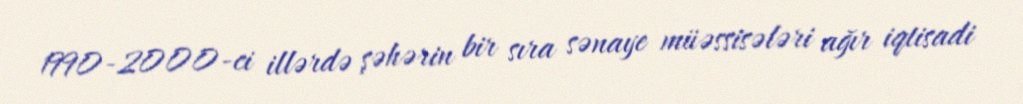
1990-2000-ci illərdə şəhərin bir sıra sənaye müəssisələri ağır iqtisadi